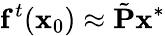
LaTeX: \mathbf f^{t}(\mathbf x_{0})\approx\tilde{\mathbf P}\mathbf x^{*}